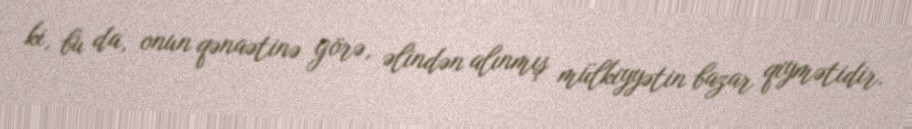
ki, bu da, onun qənaətinə görə, əlindən alınmış mülkiyyətin bazar qiymətidir.